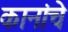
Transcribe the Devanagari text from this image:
कानांचे